Treatise on elephants
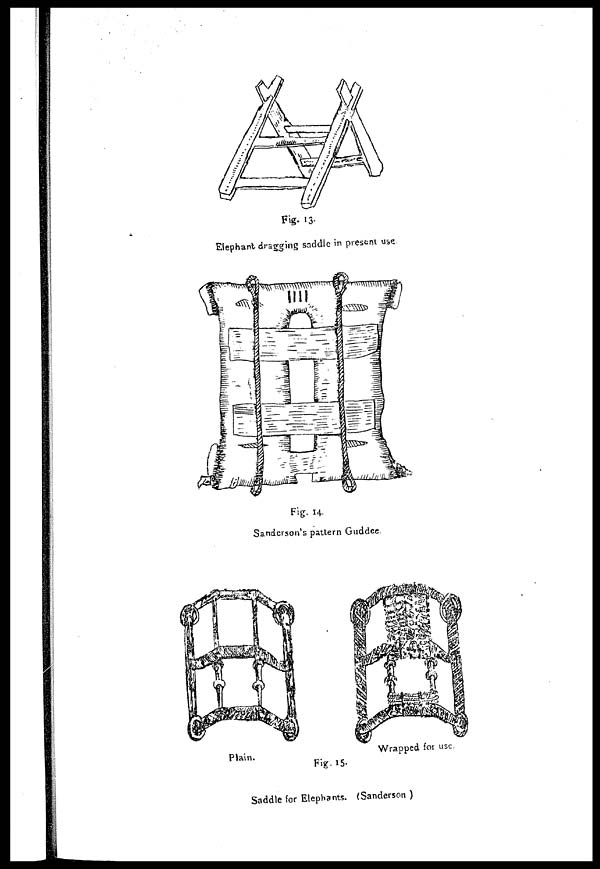
Fig. 13.
Elephant dragging saddle in present use
Fig. 14.
Sanderson's pattern Guddee.
Plain.
Wrapped for use.
Fig. 15.
Saddle for Elephants. (Sanderson )